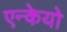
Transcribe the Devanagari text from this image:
एन्केयो